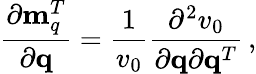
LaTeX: \frac{\partial{\mathbf m}_{q}^{T}}{\partial{\mathbf q}}=\frac{1}{v_{0}}\frac{\partial^{2}v_{0}}{\partial{\mathbf q}\partial{\mathbf q}^{T}}\, ,